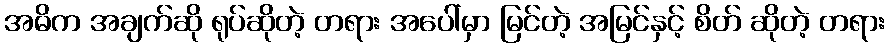
အဓိက အချက်ဆို ရုပ်ဆိုတဲ့ တရား အပေါ်မှာ မြင်တဲ့ အမြင်နှင့် စိတ် ဆိုတဲ့ တရား